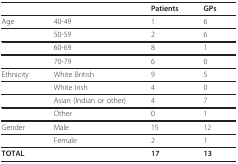
|  |  | Patients | GPs |
 | --- | --- | --- | --- |
 | Age | 40-49 | 1 | 6 |
 |  | 50-59 | 2 | 6 |
 |  | 60-69 | 8 | 1 |
 |  | 70-79 | 6 | 0 |
 | Ethnicity | White British | 9 | 5 |
 |  | White Irish | 4 | 0 |
 |  | Asian (Indian or other) | 4 | 7 |
 |  | Other | 0 | 1 |
 | Gender | Male | 15 | 12 |
 |  | Female | 2 | 1 |
 | TOTAL |  | 17 | 13 |